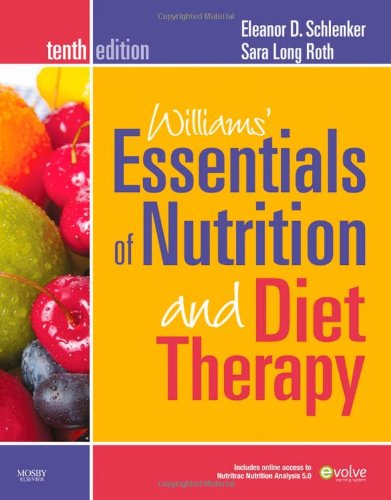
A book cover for Williams' Essentials of Nutrition and Diet Therapy, 10e (Williams' Essentials of Nutrition & Diet Therapy); Eleanor Schlenker PhD  RD; Medical Books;